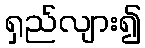
ရှည်လျား၍